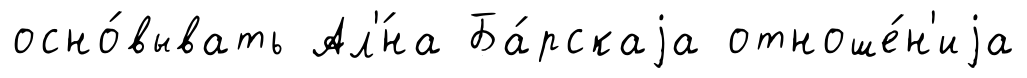
осно́вывать Ал'́на Ба́рскаjа отноше́н'иjа